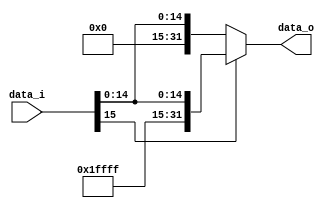
//Subject:     CO project 2 - Sign extend
//--------------------------------------------------------------------------------
//Version:     1
//--------------------------------------------------------------------------------
//Writer:      
//----------------------------------------------
//Date:        
//----------------------------------------------
//Description: 
//--------------------------------------------------------------------------------

module Sign_Extend(
    data_i,
    data_o
    );
               
//I/O ports
input   [16-1:0] data_i;
output  [32-1:0] data_o;

//Internal Signals
wire     [32-1:0] data_o;

//Sign extended
assign data_o = data_i[15]? {16'b1111111111111111,data_i}:{16'b0000000000000000,data_i};   
endmodule